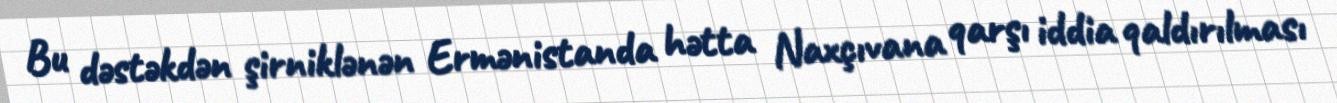
Bu dəstəkdən şirniklənən Ermənistanda hətta Naxçıvana qarşı iddia qaldırılması